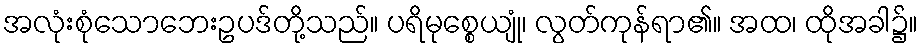
အလုံးစုံသောဘေးဥပဒ်တို့သည်။ ပရိမုစ္စေယျုံ၊ လွတ်ကုန်ရာ၏။ အထ၊ ထိုအခါ၌။